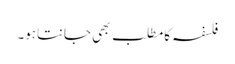
فلسفہ کامطلب بھی جانتاہو۔